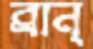
ব্রান্